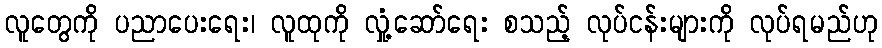
လူတွေကို ပညာပေးရေး၊ လူထုကို လှုံ့ဆော်ရေး စသည့် လုပ်ငန်းများကို လုပ်ရမည်ဟု